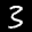
Label: 3